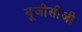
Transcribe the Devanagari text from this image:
यूजीसीजी